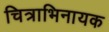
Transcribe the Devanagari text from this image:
चित्राभिनायक